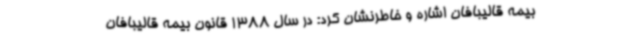
بیمه قالیبافان اشاره و خاطرنشان کرد: در سال 1388 قانون بیمه قالیبافان